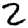
Digit: 2